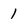
Character: 1